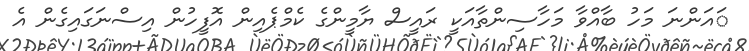
ައަންނަ މަހު ބާއްވާ މަހާސިންތާއަކީ ރައީސް ޔާމީންގެ ކެމްޕެއިން އޮފީހުން އިސްނަގައިގެން އެ